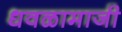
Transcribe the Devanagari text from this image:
धवळामाजी